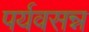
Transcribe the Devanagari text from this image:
पर्यवसन्न